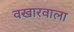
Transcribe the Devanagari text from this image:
वखारवाला